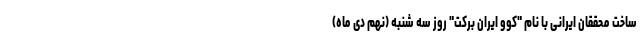
ساخت محققان ایرانی با نام "کُوو ایران برکت" روز سه شنبه (نهم دی ماه)